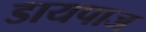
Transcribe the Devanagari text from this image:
डायपाज